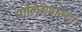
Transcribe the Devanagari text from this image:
पालिशवाल्या